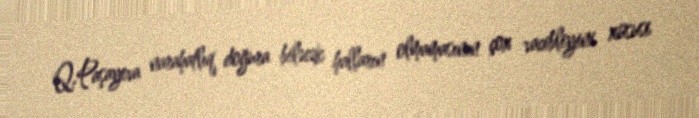
Q.Paşayeva narahatlıq doğura biləcək halların olmamasının çox vacibliyini xüsusi